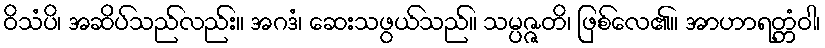
ဝိသံပိ၊ အဆိပ်သည်လည်း။ အဂဒံ၊ ဆေးသဖွယ်သည်။ သမ္ပဇ္ဇတိ၊ ဖြစ်လေ၏။ အာဟာရတ္တံဝါ၊